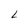
Character: L